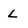
Character: L